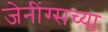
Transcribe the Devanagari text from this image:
जेनींग्सच्या